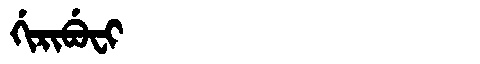
Manchu: ᡤᡳᡵᡳᠪᡠᠸᡳ
Romanization: GIRIBUFI